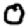
Digit: 0